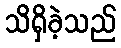
သိရှိခဲ့သည်